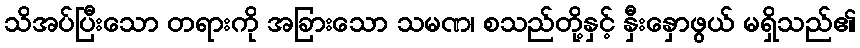
သိအပ်ပြီးသော တရားကို အခြားသော သမဏ၊ စသည်တို့နှင့် နှီးနှောဖွယ် မရှိသည်၏